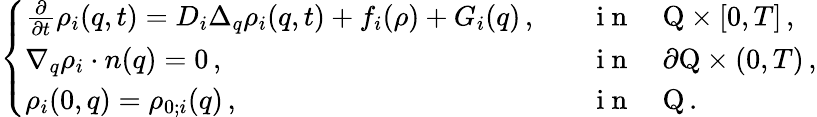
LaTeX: \left\{ \begin{array}{ll}{\frac{\partial}{\partial t}\rho_{i}(q,t)=D_{i}\Delta_{q}\rho_{i}(q,t)+f_{i}(\rho)+G_{i}(q)\, ,}&{\quad\mathrm{~i~n~}\quad\mathrm{Q}\times[0,T]\, ,}\\ {\nabla_{q}\rho_{i}\cdot n(q)=0\, ,}&{\quad\mathrm{~i~n~}\quad\partial\mathrm{Q}\times(0,T)\, ,}\\ {\rho_{i}(0,q)=\rho_{0;i}(q)\, ,}&{\quad\mathrm{~i~n~}\quad\mathrm{Q}\, .}\end{array}\right.